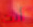
أنت